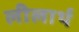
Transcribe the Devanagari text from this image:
लीलार्थ